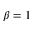
\beta = 1